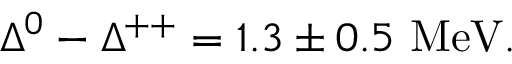
\Delta ^ { 0 } - \Delta ^ { + + } = 1 . 3 \pm 0 . 5 \mathrm { ~ M e V } .